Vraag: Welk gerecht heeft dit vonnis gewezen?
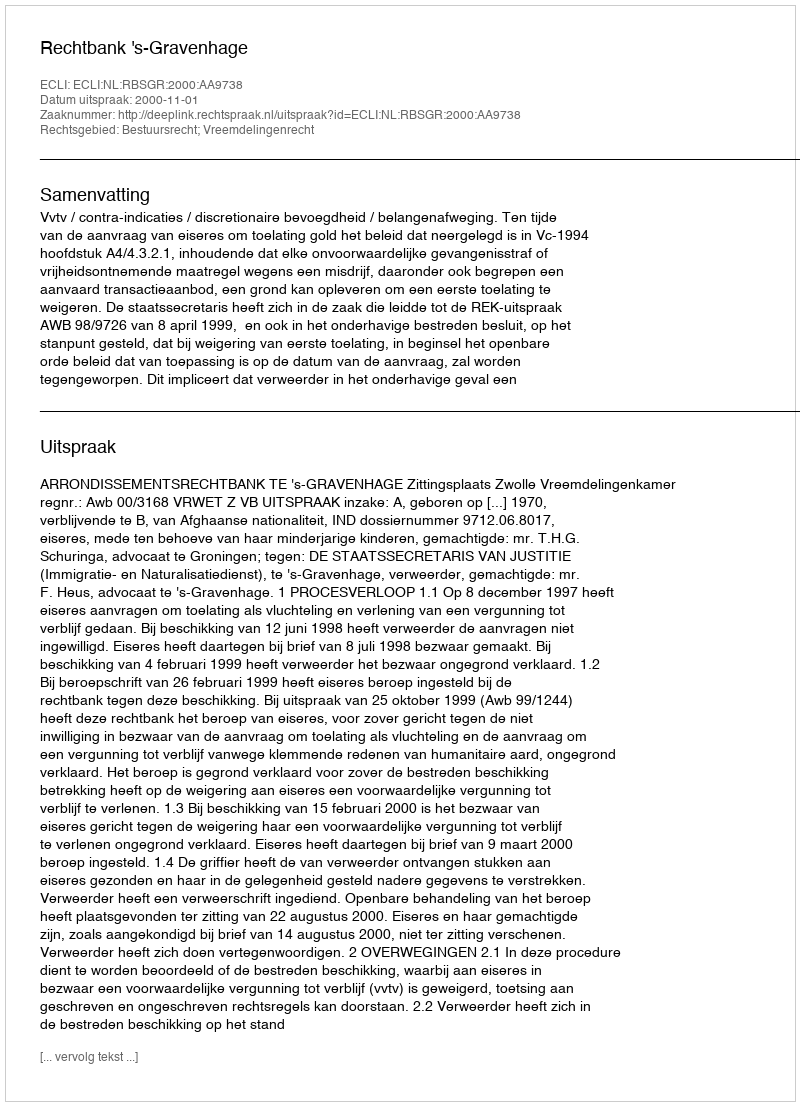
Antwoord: Rechtbank 's-Gravenhage